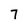
Character: 7